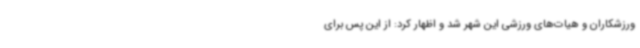
ورزشکاران و هیات‌های ورزشی این شهر شد و اظهار کرد: از این پس برای